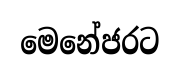
මෙනේජරට